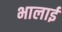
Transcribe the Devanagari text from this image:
भालाई